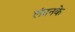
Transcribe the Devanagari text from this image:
लंदनके